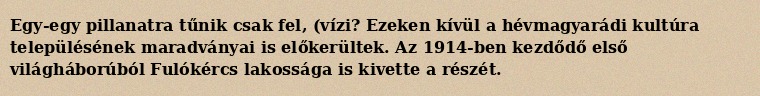
Egy-egy pillanatra tűnik csak fel, (vízi? Ezeken kívül a hévmagyarádi kultúra településének maradványai is előkerültek. Az 1914-ben kezdődő első világháborúból Fulókércs lakossága is kivette a részét.